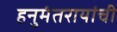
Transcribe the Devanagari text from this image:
हनुमंतरायांची